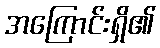
အကြောင်းရှိ၏